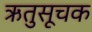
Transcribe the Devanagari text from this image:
ऋतुसूचक